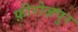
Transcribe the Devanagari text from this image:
फ़ीरोज़पुर